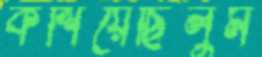
কশিয়েছিলুম